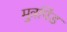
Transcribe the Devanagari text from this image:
मुत्रपिंड